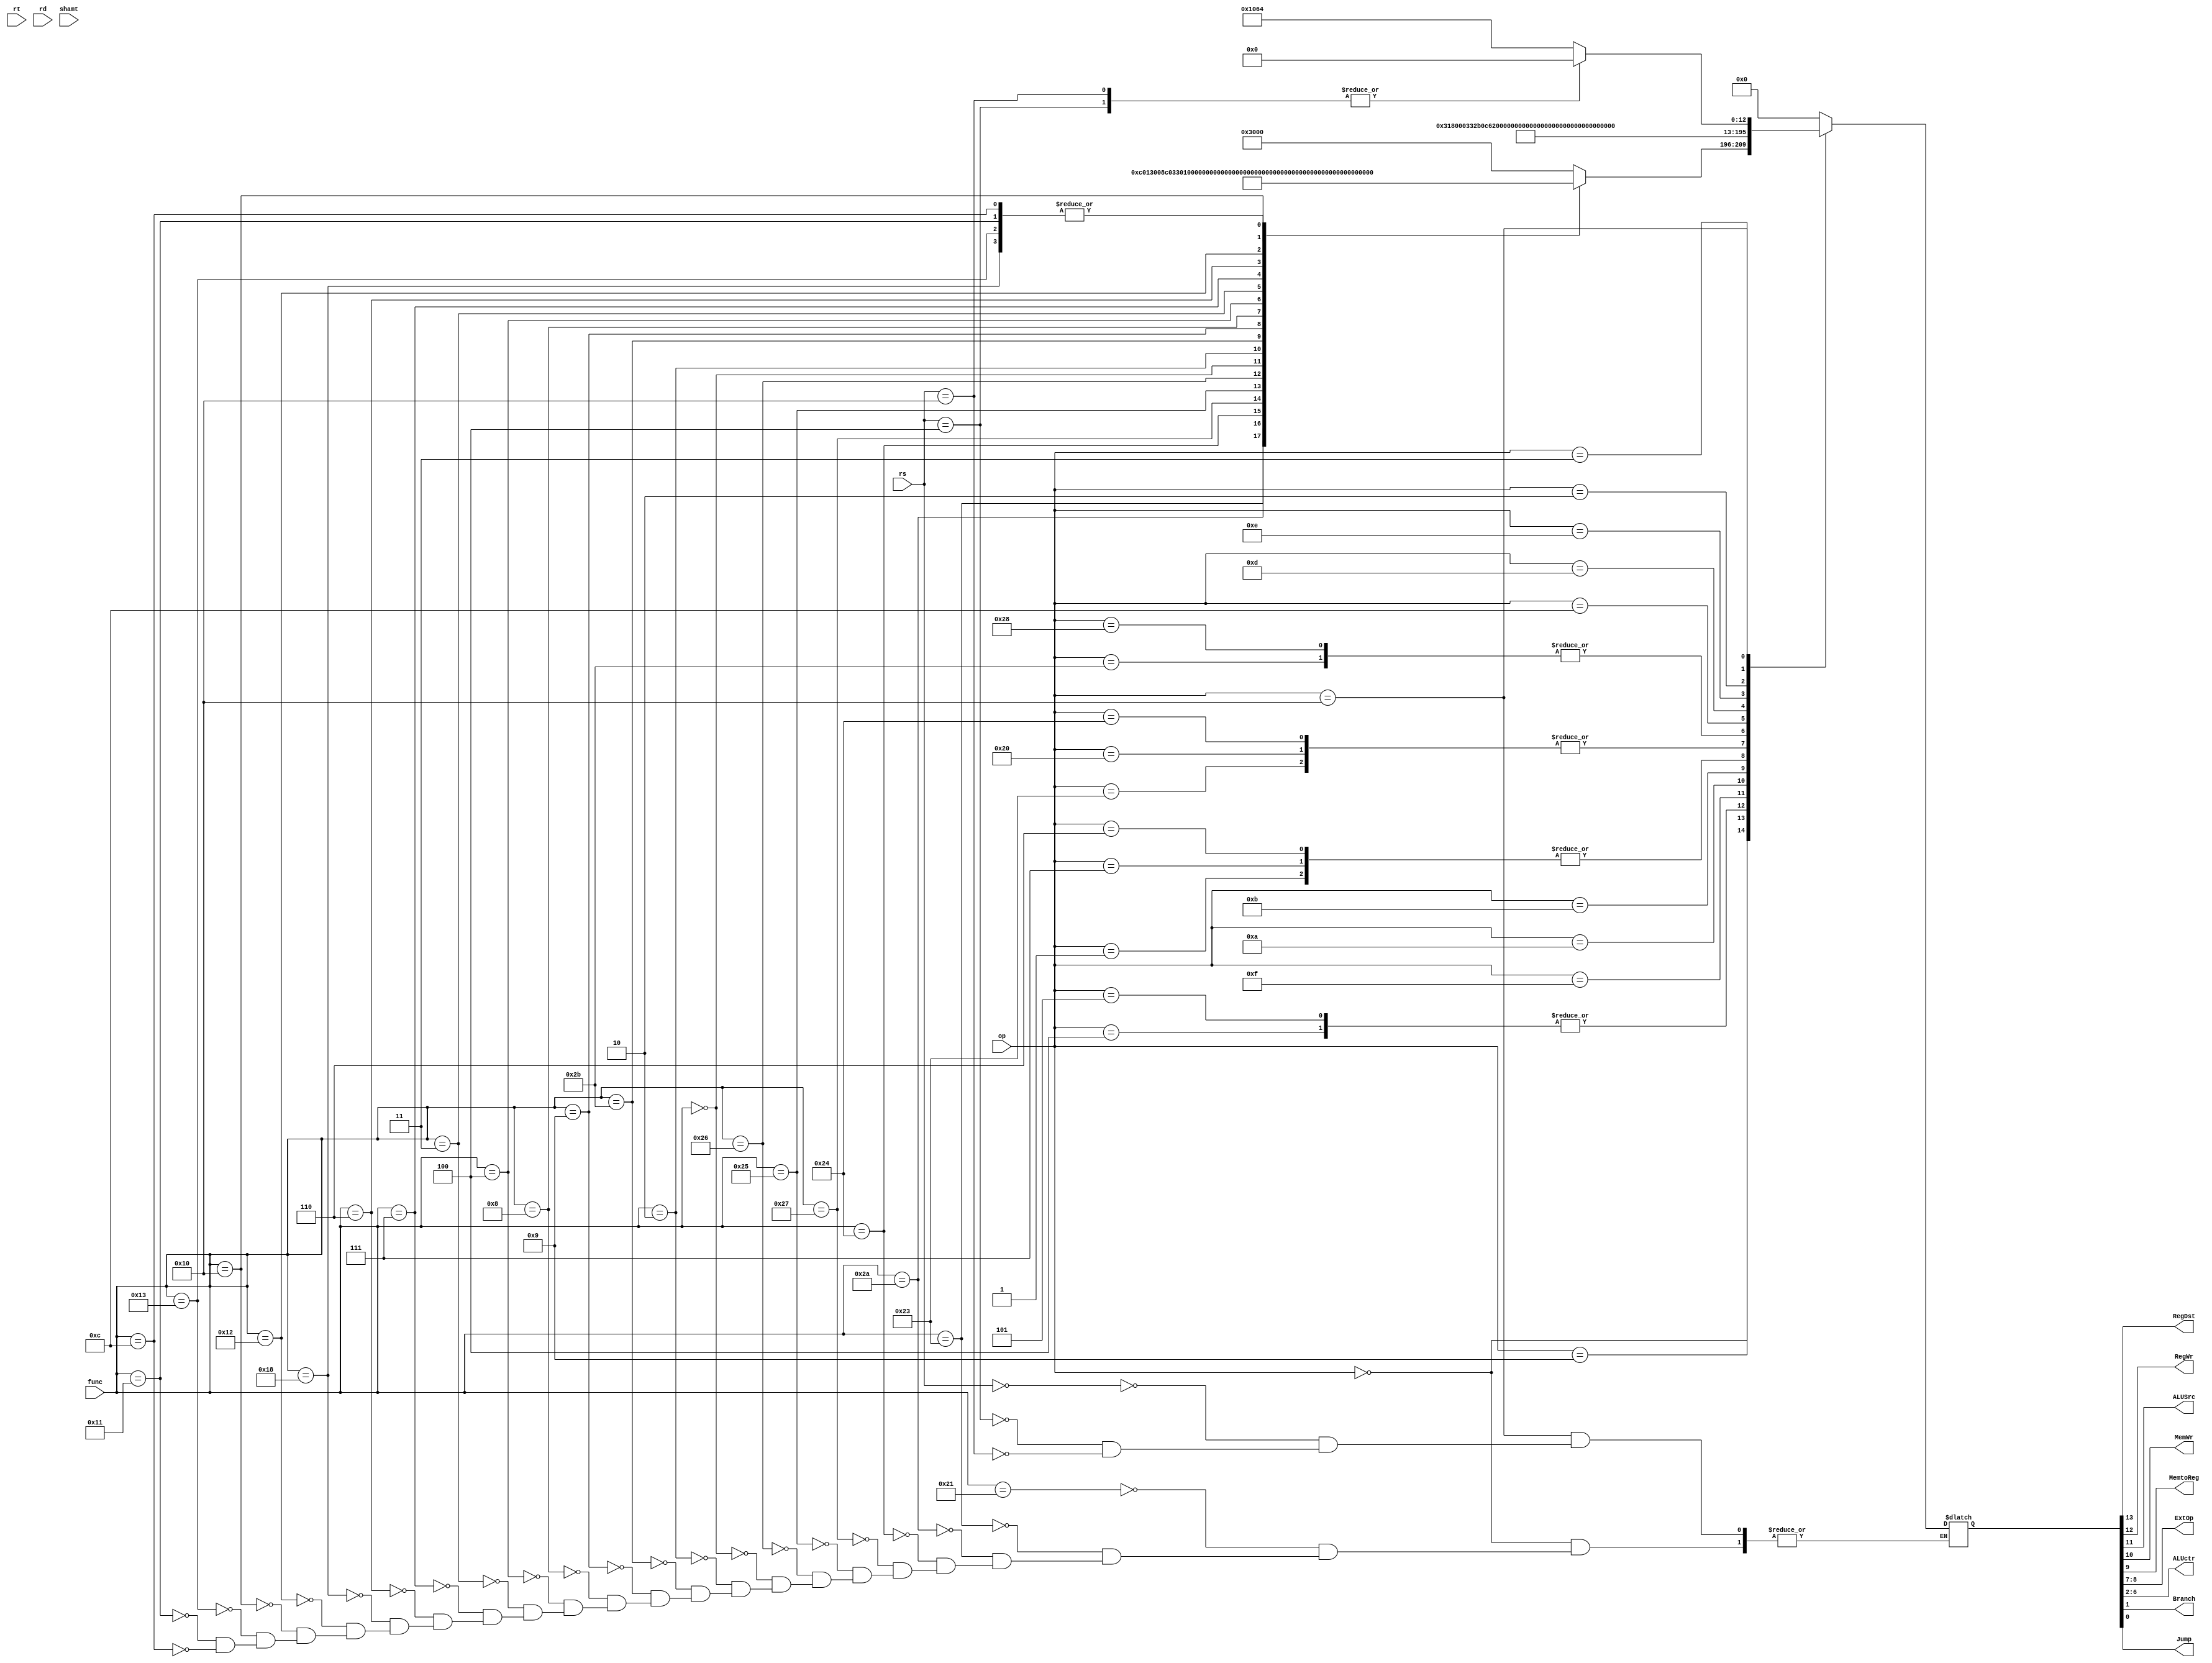
module ctrl(op,rs,rt,rd,shamt,func,RegDst,RegWr,ALUSrc,MemWr,MemtoReg,ExtOp,ALUctr,Branch,Jump);
	input[5:0] 	op;
	input[4:0]	rs,rt,rd,shamt;
	input[5:0]	func;
	output		RegDst;
	output		RegWr;
	output		ALUSrc;
	output		MemWr;
	output		MemtoReg;
	output[1:0]	ExtOp;
	output[4:0]	ALUctr;
	output		Branch;
	output		Jump;		

	reg[13:0]	controls;

	assign{RegDst,RegWr,ALUSrc,MemWr,MemtoReg,ExtOp,ALUctr,Branch,Jump} = controls;

	always@(*)
		case(op)
			6'b000000:
				begin
					case(func)
						6'b100001: controls <= 14'b11000000000000;//addu
						6'b100011: controls <= 14'b11000000000100;//subu
						6'b101010: controls <= 14'b11000000001000;//slt
						6'b100100: controls <= 14'b11000000001100;//and
						6'b100111: controls <= 14'b11000000010000;//nor
						6'b100101: controls <= 14'b11000000010100;//or
						6'b100110: controls <= 14'b11000000011000;//xor
						6'b000000: controls <= 14'b11000000011100;//sll
						6'b000010: controls <= 14'b11000000100000;//srl
						6'b101011: controls <= 14'b11000000100100;//sltu
						6'b001001: controls <= 14'b11000000000001;//jalr
						6'b001000: controls <= 14'b10000000000001;//jr
						6'b000100: controls <= 14'b11000000110000;//sllv
						6'b000011: controls <= 14'b11000000110100;//sra
						6'b000111: controls <= 14'b11000000111000;//srav
						6'b000110: controls <= 14'b11000000111100;//srlv
						6'b011000: controls <= 14'b00000000000000;//mult
						6'b010010: controls <= 14'b11000001011100;//mflo
						6'b010000: controls <= 14'b11000001100000;//mfhi
						6'b010011: controls <= 14'b00000000000000;//mtlo
						6'b010001: controls <= 14'b00000000000000;//mthi
						6'b001100: controls <= 14'b00000000000000;//syscall
					endcase
				end
			6'b001001: controls <= 14'b01100011000000;//addiu
			6'b000100: controls <= 14'b00000000000110;//beq
			6'b000101: controls <= 14'b00000000000110;//bne
			6'b100011: controls <= 14'b01101011000000;//lw
			6'b101011: controls <= 14'b00110011000000;//sw
			6'b001111: controls <= 14'b01100101011000;//lui
			6'b001010: controls <= 14'b01100011000100;//slti
			6'b001011: controls <= 14'b01100011001000;//sltiu
			6'b000001: controls <= 14'b00000000000010;//bgez,bltz 
				
			6'b000111: controls <= 14'b00000000000010;//bgtz
			6'b000110: controls <= 14'b00000000000010;//blez
			6'b100000: controls <= 14'b01101011000000;//lb
			6'b100100: controls <= 14'b01101011000000;//lbu
			6'b101000: controls <= 14'b00110011000000;//sb
			6'b001100: controls <= 14'b01100001001100;//andi
			6'b001101: controls <= 14'b01100001010000;//ori
			6'b001110: controls <= 14'b01100001010100;//xori

			
			6'b000010: controls <= 14'b00000000000001;//j
			6'b000011: controls <= 14'b01000000000001;//jal

			6'b010000:
			begin
				case(rs)
				5'b00000: controls <= 14'b01000001100100;//mfc0
				5'b00100: controls <= 14'b00000000000000;//mtc0
				5'b10000: controls <= 14'b00000000000000;//eret
				endcase
			end

			default : controls <= 14'b00000000000000;
		endcase
//assign 'controls' according to instructions
endmodule